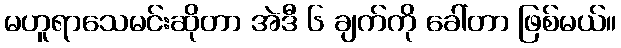
မဟူရာသေမင်းဆိုတာ အဲဒီ ၆ ချက်ကို ခေါ်တာ ဖြစ်မယ်။